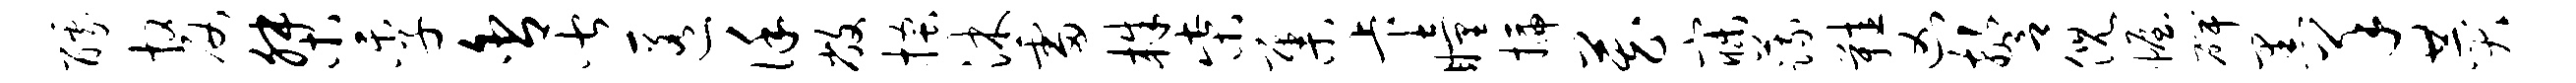
醵嫠桀季舍皆匿谨敝搔沐雷株柴集卡瞳插藏寐蔬鞋凶警倪幄碑黑羊赞